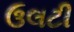
ઉલટી